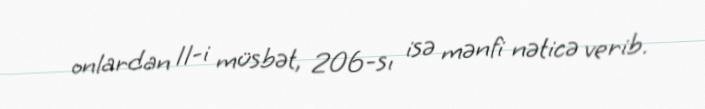
onlardan 11-i müsbət, 206-sı isə mənfi nəticə verib.